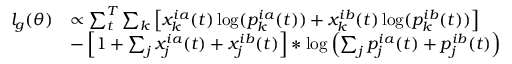
\begin{array} { r l } { l _ { g } ( \theta ) } & { \propto \sum _ { t } ^ { T } \sum _ { k } \left[ x _ { k } ^ { i a } ( t ) \log ( p _ { k } ^ { i a } ( t ) ) + x _ { k } ^ { i b } ( t ) \log ( p _ { k } ^ { i b } ( t ) ) \right] } \\ & { - \left[ 1 + \sum _ { j } x _ { j } ^ { i a } ( t ) + x _ { j } ^ { i b } ( t ) \right] * \log \left( \sum _ { j } p _ { j } ^ { i a } ( t ) + p _ { j } ^ { i b } ( t ) \right) } \end{array}